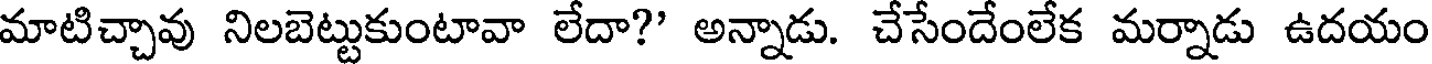
మాటిచ్చావు నిలబెట్టుకుంటావా లేదా?' అన్నాడు. చేసేందేంలేక మర్నాడు ఉదయం